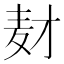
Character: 𬹅